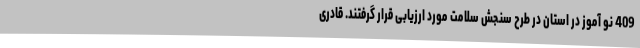
409 نو آموز در استان در طرح سنجش سلامت مورد ارزیابی قرار گرفتند. قادری